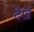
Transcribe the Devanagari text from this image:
देंखें